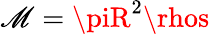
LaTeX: \mathscr{M}=\piR^{2}\rhos